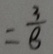
= \frac { 3 } { 8 }